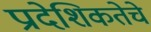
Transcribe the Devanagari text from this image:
प्रादेशिकतेचे